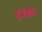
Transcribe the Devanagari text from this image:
४२७४८